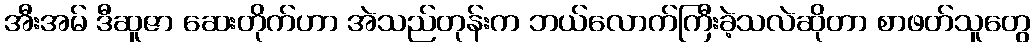
အီးအမ် ဒီဆူဇာ ဆေးတိုက်ဟာ အဲသည်တုန်းက ဘယ်လောက်ကြီးခဲ့သလဲဆိုတာ စာဖတ်သူတွေ